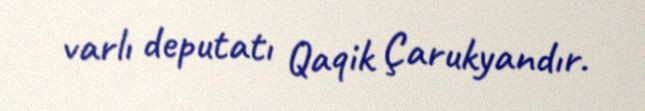
varlı deputatı Qaqik Çarukyandır.